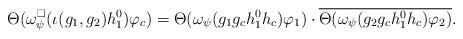
LaTeX: \begin{align*} \Theta(\omega_{\psi}^{\square} (\iota(g_1, g_2) h_1^0) \varphi_c) = \Theta(\omega_{\psi} (g_1 g_c h_1^0 h_c) \varphi_1) \cdot \overline{\Theta(\omega_{\psi} (g_2 g_c h_1^0 h_c) \varphi_2)}.\end{align*}